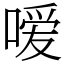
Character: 嗳